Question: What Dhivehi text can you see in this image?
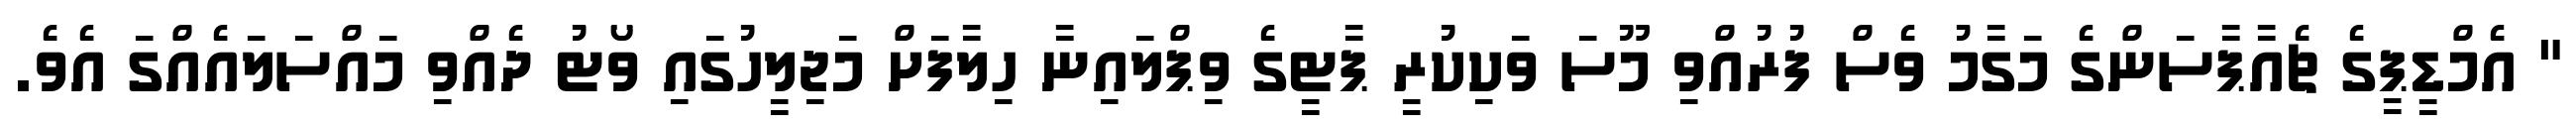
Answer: " އެމްޑީޕީގެ ޗެއާޕާސަންގެ މަގާމު ވެސް ފުރުއްވި މޫސަ ވަކިކުރީ ޕާޓީގެ ވިޕްލައިނާ ހިލާފަށް މަޖިލީހުގައި ވޯޓު ދެއްވި މައްސަލައެއްގަ އެވެ.